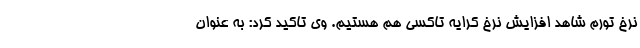
نرخ تورم شاهد افزایش نرخ کرایه تاکسی هم هستیم. وی تاکید کرد: به عنوان